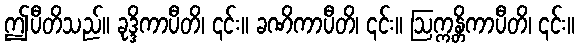
ဤပီတိသည်။ ခုဒ္ဒိကာပီတိ၊ ၎င်း။ ခဏိကာပီတိ၊ ၎င်း။ ဩက္ကန္တိကာပီတိ၊ ၎င်း။